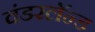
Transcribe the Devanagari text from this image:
वंडरलॅन्ड